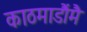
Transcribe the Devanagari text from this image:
काठमाडौंमै